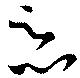
惡